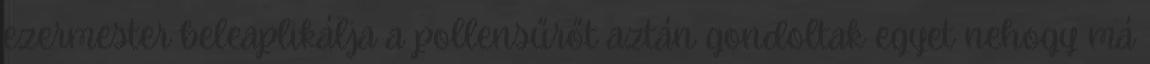
ezermester beleaplikálja a pollensűrőt aztán gondoltak egyet nehogy má